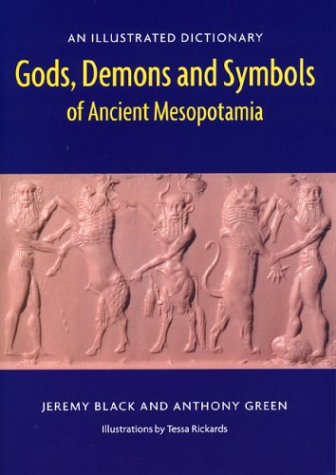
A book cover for Gods, Demons and Symbols of Ancient Mesopotamia: An Illustrated Dictionary; Jeremy Black; History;